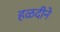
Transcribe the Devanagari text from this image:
हळदीने